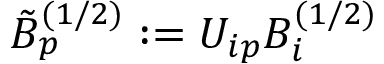
\tilde { B } _ { p } ^ { ( 1 / 2 ) } : = U _ { i p } B _ { i } ^ { ( 1 / 2 ) }